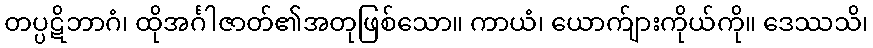
တပ္ပဋိဘာဂံ၊ ထိုအင်္ဂါဇာတ်၏အတုဖြစ်သော။ ကာယံ၊ ယောက်ျားကိုယ်ကို။ ဒေဿသိ၊